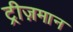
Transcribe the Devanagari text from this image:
ट्रीज़मान